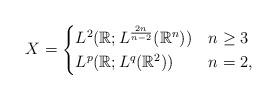
LaTeX: \begin{align*}X=\begin{cases}L^2(\mathbb R; L^{\frac{2n}{n-2}}(\mathbb R^n)) &n\ge3\\L^p(\mathbb R; L^q(\mathbb R^2))&n=2,\end{cases}\end{align*}